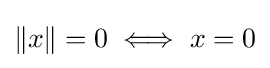
\|x\|=0\iff x=0